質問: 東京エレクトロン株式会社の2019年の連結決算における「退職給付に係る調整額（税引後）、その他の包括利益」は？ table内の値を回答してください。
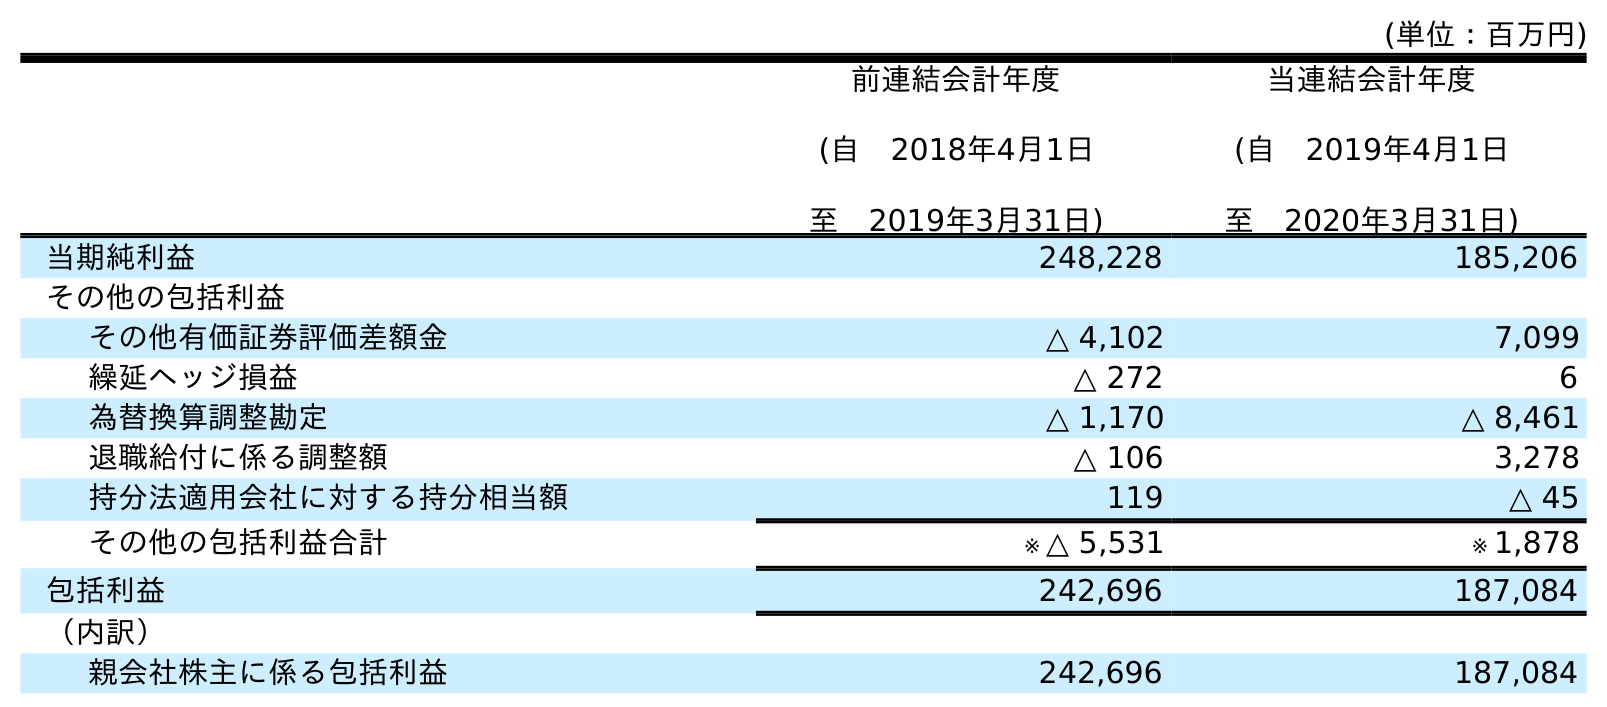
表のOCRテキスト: (単位：百万円) 前連結会計年度 (自 2018年4月1日 至 2019年3月31日) 当連結会計年度 (自 2019年4月1日 至 2020年3月31日) 当期純利益 248,228 185,206 その他の包括利益 その他有価証券評価差額金 △ 4,102 7,099 繰延ヘッジ損益 △ 272 6 為替換算調整勘定 △ 1,170 △ 8,461 退職給付に係る調整額 △ 106 3,278 持分法適用会社に対する持分相当額 119 △ 45 その他の包括利益合計 ※ △ 5,531 ※ 1,878 包括利益 242,696 187,084 （内訳） 親会社株主に係る包括利益 242,696 187,084
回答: △106